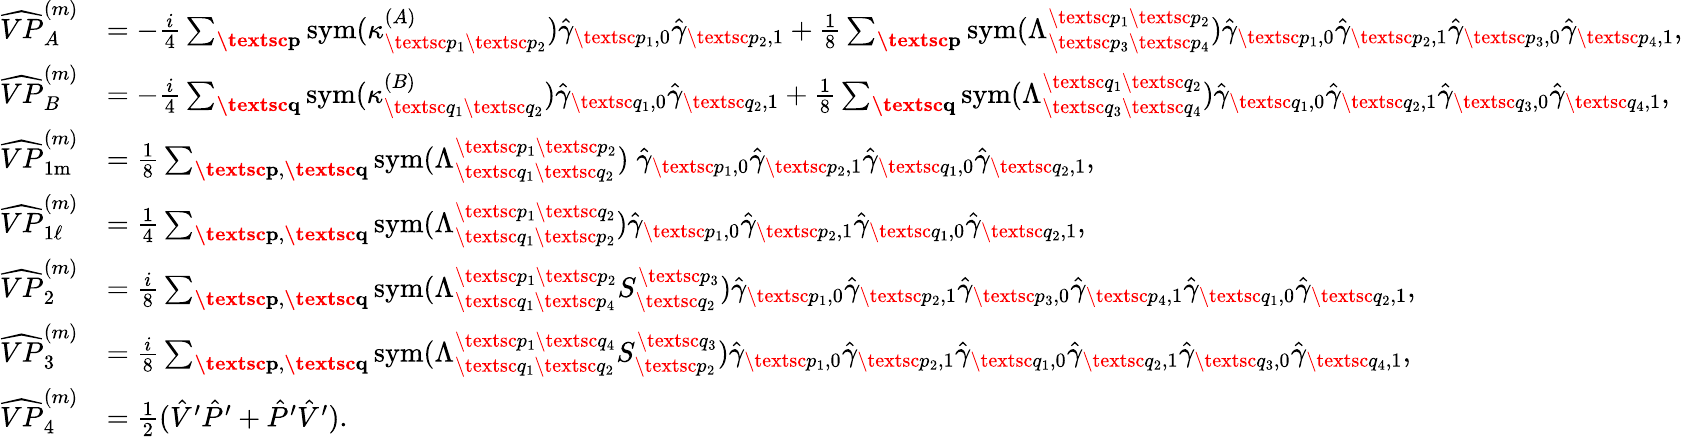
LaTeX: \begin{array}{rl}{\widehat{VP}_{A}^{(m)}}&{=-\frac{i}{4}\sum_{\textbf{\textsc{p}}}\mathrm{sym}(\kappa_{\textsc{p}_{1}\textsc{p}_{2}}^{(A)})\hat{\gamma}_{\textsc{p}_{1},0}\hat{\gamma}_{\textsc{p}_{2},1}+\frac{1}{8}\sum_{\substack{\textbf{\textsc{p}}}}\mathrm{sym}(\Lambda_{\textsc{p}_{3}\textsc{p}_{4}}^{\textsc{p}_{1}\textsc{p}_{2}})\hat{\gamma}_{\textsc{p}_{1},0}\hat{\gamma}_{\textsc{p}_{2},1}\hat{\gamma}_{\textsc{p}_{3},0}\hat{\gamma}_{\textsc{p}_{4},1},}\\ {\widehat{VP}_{B}^{(m)}}&{=-\frac{i}{4}\sum_{\textbf{\textsc{q}}}\mathrm{sym}(\kappa_{\textsc{q}_{1}\textsc{q}_{2}}^{(B)})\hat{\gamma}_{\textsc{q}_{1},0}\hat{\gamma}_{\textsc{q}_{2},1}+\frac{1}{8}\sum_{\substack{\textbf{\textsc{q}}}}\mathrm{sym}(\Lambda_{\textsc{q}_{3}\textsc{q}_{4}}^{\textsc{q}_{1}\textsc{q}_{2}})\hat{\gamma}_{\textsc{q}_{1},0}\hat{\gamma}_{\textsc{q}_{2},1}\hat{\gamma}_{\textsc{q}_{3},0}\hat{\gamma}_{\textsc{q}_{4},1},}\\ {\widehat{VP}_{1\mathrm{m}}^{(m)}}&{=\frac{1}{8}\sum_{\substack{\textbf{\textsc{p}},\textbf{\textsc{q}}}}\mathrm{sym}(\Lambda_{\textsc{q}_{1}\textsc{q}_{2}}^{\textsc{p}_{1}\textsc{p}_{2}})\; \hat{\gamma}_{\textsc{p}_{1},0}\hat{\gamma}_{\textsc{p}_{2},1}\hat{\gamma}_{\textsc{q}_{1},0}\hat{\gamma}_{\textsc{q}_{2},1},}\\ {\widehat{VP}_{1\ell}^{(m)}}&{=\frac{1}{4}\sum_{\substack{\textbf{\textsc{p}},\textbf{\textsc{q}}}}\mathrm{sym}(\Lambda_{\textsc{q}_{1}\textsc{p}_{2}}^{\textsc{p}_{1}\textsc{q}_{2}})\hat{\gamma}_{\textsc{p}_{1},0}\hat{\gamma}_{\textsc{p}_{2},1}\hat{\gamma}_{\textsc{q}_{1},0}\hat{\gamma}_{\textsc{q}_{2},1},}\\ {\widehat{VP}_{2}^{(m)}}&{=\frac{i}{8}\sum_{\substack{\textbf{\textsc{p}},\textbf{\textsc{q}}}}\mathrm{sym}(\Lambda_{\textsc{q}_{1}\textsc{p}_{4}}^{\textsc{p}_{1}\textsc{p}_{2}}S_{\textsc{q}_{2}}^{\textsc{p}_{3}})\hat{\gamma}_{\textsc{p}_{1},0}\hat{\gamma}_{\textsc{p}_{2},1}\hat{\gamma}_{\textsc{p}_{3},0}\hat{\gamma}_{\textsc{p}_{4},1}\hat{\gamma}_{\textsc{q}_{1},0}\hat{\gamma}_{\textsc{q}_{2},1},}\\ {\widehat{VP}_{3}^{(m)}}&{=\frac{i}{8}\sum_{\substack{\textbf{\textsc{p}},\textbf{\textsc{q}}}}\mathrm{sym}(\Lambda_{\textsc{q}_{1}\textsc{q}_{2}}^{\textsc{p}_{1}\textsc{q}_{4}}S_{\textsc{p}_{2}}^{\textsc{q}_{3}})\hat{\gamma}_{\textsc{p}_{1},0}\hat{\gamma}_{\textsc{p}_{2},1}\hat{\gamma}_{\textsc{q}_{1},0}\hat{\gamma}_{\textsc{q}_{2},1}\hat{\gamma}_{\textsc{q}_{3},0}\hat{\gamma}_{\textsc{q}_{4},1},}\\ {\widehat{VP}_{4}^{(m)}}&{=\frac{1}{2}(\hat{V}^{\prime}\hat{P}^{\prime}+\hat{P}^{\prime}\hat{V}^{\prime}).}\end{array}